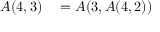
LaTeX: \begin{array} { r l } { A ( 4 , 3 ) } & { { } = A ( 3 , A ( 4 , 2 ) ) } \end{array}